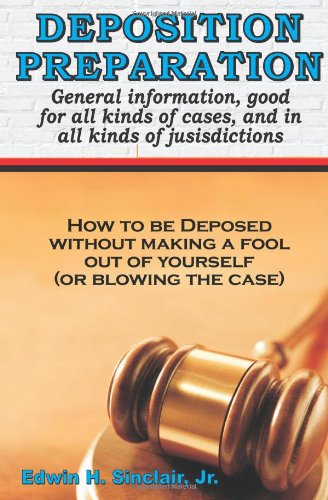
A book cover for Deposition Preparation: For All Kinds Of Cases, And In All Jurisdictions; Edwin H. Sinclair Jr.; Law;